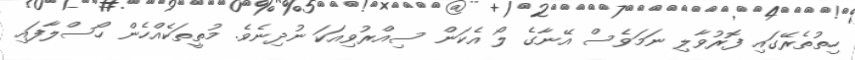
ހިތުތެރޭގައި ފޮރުވާލި ނަމަވެސް އޭނާގެ ލޯ އެކަން ސިއްރުވިއަކަ ނުދިނެވެ. މުތީތަކެއްހެން ހޯސްލާފައި